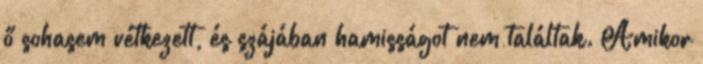
ő sohasem vétkezett, és szájában hamisságot nem találtak. Amikor